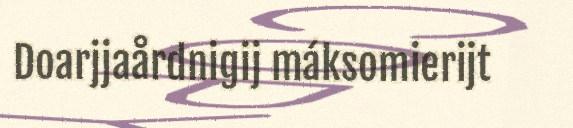
Doarjjaårdnigij máksomierijt